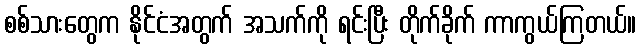
စစ်သားတွေက နိုင်ငံအတွက် အသက်ကို ရင်းပြီး တိုက်ခိုက် ကာကွယ်ကြတယ်။